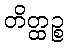
တိတ္ထဉ္စ